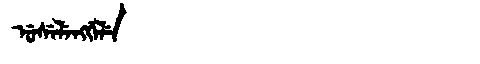
Manchu: ᡠᠰᡝᠯᡝᠩᡤᡝᠯᡝ
Romanization: USELENGGELE